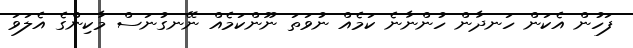
ފަހުން އެކަން ހަނދާން ހުންނާނެ ކަމެއް ނުވަތަ ނޫންކަމެއް ނޭނގުނަސް މާކިންގެ އެލަވަ